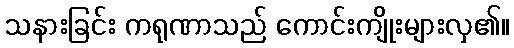
သနားခြင်း ကရုဏာသည် ကောင်းကျိုးများလှ၏။